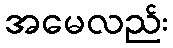
အမေလည်း